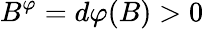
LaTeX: B^{\varphi}=d\varphi(B)>0